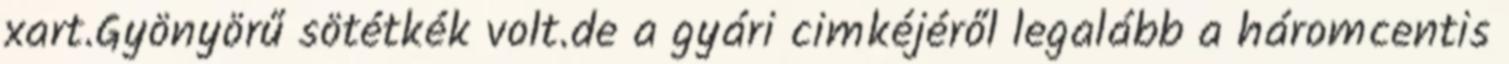
xart.Gyönyörű sötétkék volt.de a gyári cimkéjéről legalább a háromcentis